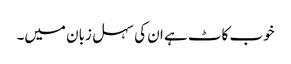
خوب کاٹ ہے ان کی سہل زبان میں۔